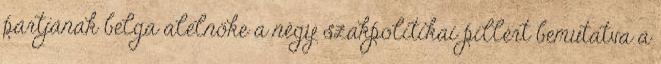
pártjának belga alelnöke a négy szakpolitikai pillért bemutatva a